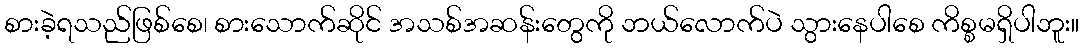
စားခဲ့ရသည်ဖြစ်စေ၊ စားသောက်ဆိုင် အသစ်အဆန်းတွေကို ဘယ်လောက်ပဲ သွားနေပါစေ ကိစ္စမရှိပါဘူး။